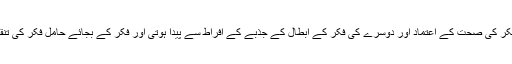
میں اس تنقید کو نقد عناد کا عنوان دے رہا ہوں جو اپنی فکر کی صحت کے اعتماد اور دوسرے کی فکر کے ابطال کے جذبے کے افراط سے پیدا ہوتی اور فکر کے بجائے حامل فکر کی تنقیص، تحقیر یا تضحیک کی صورت میں سامنے آتی ہے۔